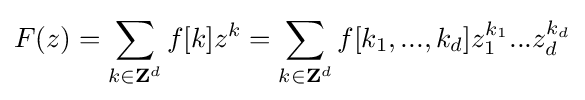
F(z)=\sum _{k\in \mathbf {Z} ^{d}}f[k]z^{k}=\sum _{k\in \mathbf {Z} ^{d}}f[k_{1},...,k_{d}]z_{1}^{k_{1}}...z_{d}^{k_{d}}